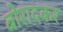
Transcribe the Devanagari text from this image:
बोरादकर